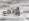
إرتفع